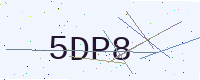
Text: 5DP8